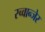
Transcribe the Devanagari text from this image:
स्च्वान्जेर